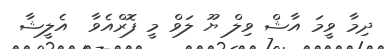
ދިމާ ވީމަ އާޝް ވިލް ޔޫ ލަވް މީ ފޮރްއެވާ  އެލީޝާ